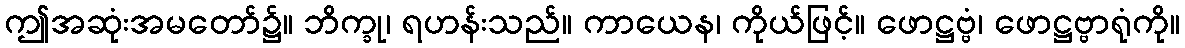
ဤအဆုံးအမတော်၌။ ဘိက္ခု၊ ရဟန်းသည်။ ကာယေန၊ ကိုယ်ဖြင့်။ ဖောဋ္ဌဗ္ဗံ၊ ဖောဋ္ဌဗ္ဗာရုံကို။